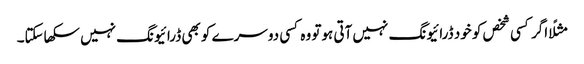
مثلًا اگر کسی شخص کو خود ڈرائیونگ نہیں آتی ہوتو وہ کسی دوسرے کو بھی ڈرائیونگ نہیں سکھاسکتا۔